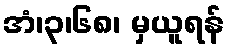
အံ၊၃၊၆၈၊ မှယူရန်